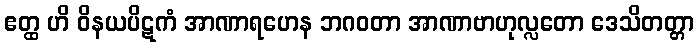
ဧတ္ထ ဟိ ဝိနယပိဋကံ အာဏာရဟေန ဘဂဝတာ အာဏာဗာဟုလ္လတော ဒေသိတတ္တာ